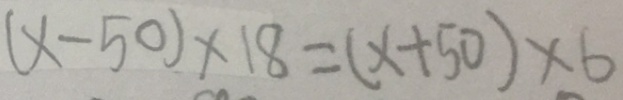
( x - 5 0 ) \times 1 8 = ( x + 5 0 ) \times 6